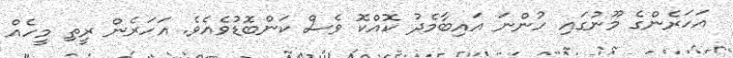
އަަހަރެންގެ މޫނުގައި ހުންނަ އައިބާމެދު ކޮއްކޮ ވެސް ކަންބޮޑުވެއެވެ. އަހަރެން ރީތި މީހެއް